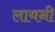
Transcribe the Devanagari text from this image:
लायनी